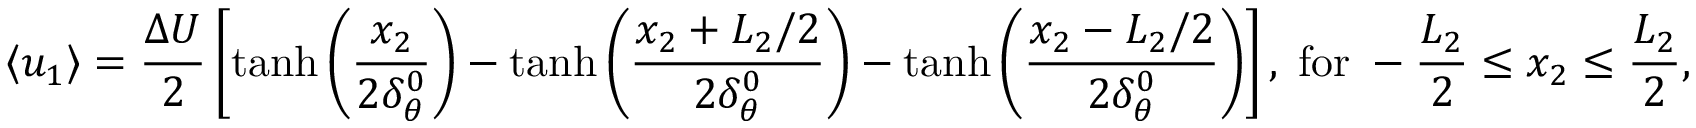
\left\langle { { u _ { 1 } } } \right\rangle = \frac { { \Delta U } } { 2 } \left[ { \operatorname { t a n h } \left( { \frac { { { x _ { 2 } } } } { { 2 \delta _ { \theta } ^ { 0 } } } } \right) - \operatorname { t a n h } \left( { \frac { { { x _ { 2 } } + { L _ { 2 } } / 2 } } { { 2 \delta _ { \theta } ^ { 0 } } } } \right) - \operatorname { t a n h } \left( { \frac { { { x _ { 2 } } - { L _ { 2 } } / 2 } } { { 2 \delta _ { \theta } ^ { 0 } } } } \right) } \right] , \; \mathrm { { f o r } } \; - \frac { L _ { 2 } } { 2 } \le { x _ { 2 } } \le \frac { L _ { 2 } } { 2 } ,